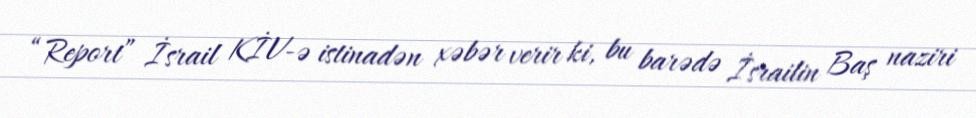
“Report” İsrail KİV-ə istinadən xəbər verir ki, bu barədə İsrailin Baş naziri